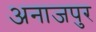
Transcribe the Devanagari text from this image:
अनाजपुर